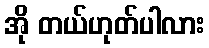
အို တယ်ဟုတ်ပါလား